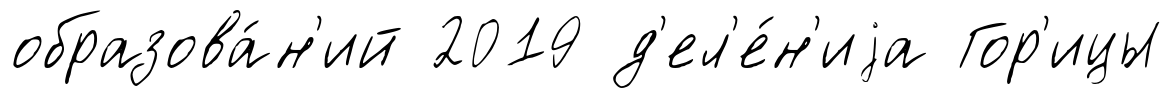
образова́н'ий 2019 д'ел'е́н'иjа Гор'ицы